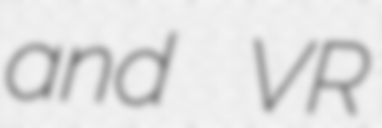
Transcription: and VR